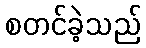
စတင်ခဲ့သည်